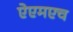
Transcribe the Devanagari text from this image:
ऐएमएच